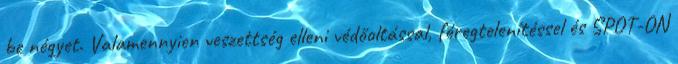
be négyet. Valamennyien veszettség elleni védőoltással, féregtelenítéssel és SPOT-ON